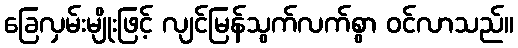
ခြေလှမ်းမျိုးဖြင့် လျင်မြန်သွက်လက်စွာ ဝင်လာသည်။